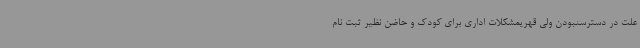
علت در دسترسنبودن ولی قهریمشکلات اداری برای کودک و حاضن نظیر ثبت نام